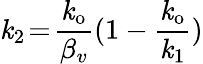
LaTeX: \mathit{k}_{2}\! =\! \frac{{\mathit{k}_{\mathrm{{o}}}}}{{\beta_{v}}}(1-\frac{{\mathit{k}_{\mathrm{{o}}}}}{{\mathit{k}_{1}}})